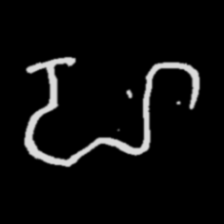
Pyu character \u2014 Myanmar letter: ဟ (romanized: ha)